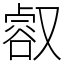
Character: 㕡